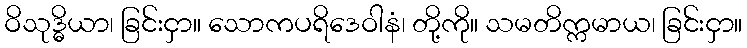
ဝိသုဒ္ဓိယာ၊ ခြင်းငှာ။ သောကပရိဒေဝါနံ၊ တို့ကို။ သမတိက္ကမာယ၊ ခြင်းငှာ။